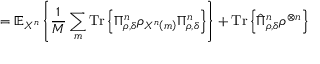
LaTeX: = \mathbb { E } _ { X ^ { n } } \left\{ { \frac { 1 } { M } } \sum _ { m } { \mathrm { T r } } \left\{ \Pi _ { \rho , \delta } ^ { n } \rho _ { X ^ { n } \left( m \right) } \Pi _ { \rho , \delta } ^ { n } \right\} \right\} + { \mathrm { T r } } \left\{ { \hat { \Pi } } _ { \rho , \delta } ^ { n } \rho ^ { \otimes n } \right\}